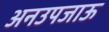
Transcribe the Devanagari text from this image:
अनउपजाऊ